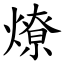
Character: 燎